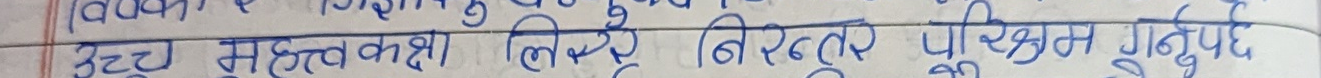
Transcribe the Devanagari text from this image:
उच्च मुक्तक कवि लियुए निरन्तर परिक्षण गर्नुपर्छ